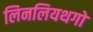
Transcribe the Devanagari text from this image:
लिनलियथगो